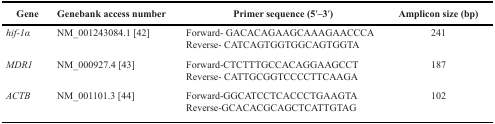
| Gene | Genebank access number | Primer sequence (5′–3′) | Amplicon size (bp) |
 | --- | --- | --- | --- |
 | hif-1α | NM_001243084.1 [42] | Forward- GACACAGAAGCAAAGAACCCAReverse- CATCAGTGGTGGCAGTGGTA | 241 |
 | MDR1 | NM_000927.4 [43] | Forward-CTCTTTGCCACAGGAAGCCTReverse- CATTGCGGTCCCCTTCAAGA | 187 |
 | ACTB | NM_001101.3 [44] | Forward-GGCATCCTCACCCTGAAGTAReverse-GCACACGCAGCTCATTGTAG | 102 |